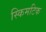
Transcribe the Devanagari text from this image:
स्किमटिक